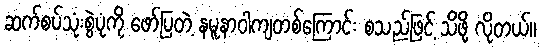
ဆက်စပ်သုံးစွဲပုံကို ဖော်ပြတဲ့ နမူနာဝါကျတစ်ကြောင်း စသည်ဖြင့် သိဖို့ လိုတယ်။